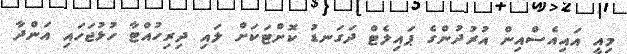
މިއީ އައިއެސްއިން އުރުދުންގެ ޕައިލެޓް ދަގަނޑު ކޮށްޓަކަށް ލައި ދިރިހުއްޓާ ހުޅުޖަހައި އަންދާ